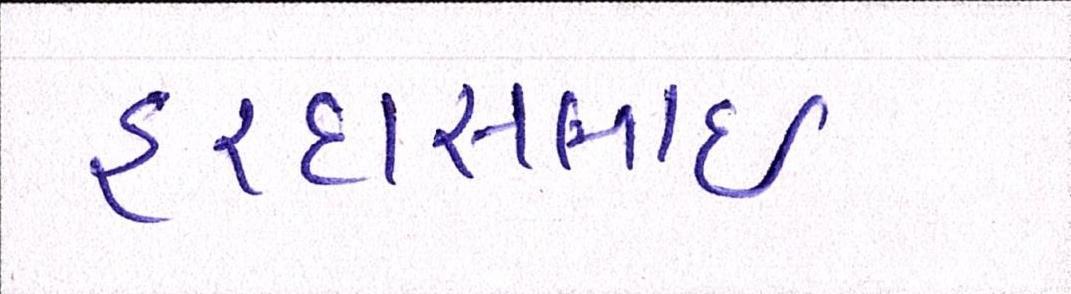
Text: હરદાસભાઇ